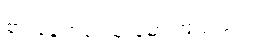
စားနေရာမှ သူ မော်ကြည့်သည်။